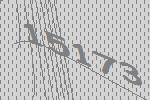
15173